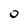
Character: 0